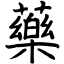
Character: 藥